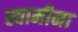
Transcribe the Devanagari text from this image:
स्वामीना